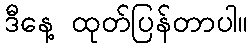
ဒီနေ့ ထုတ်ပြန်တာပါ။